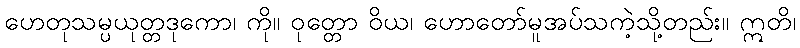
ဟေတုသမ္ပယုတ္တဒုကော၊ ကို။ ဝုတ္တော ဝိယ၊ ဟောတော်မူအပ်သကဲ့သို့တည်း။ ဣတိ၊